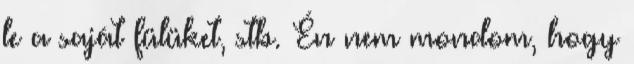
le a saját fülüket, stb. Én nem mondom, hogy